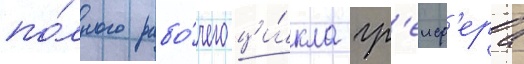
по́лного рабо́чего ци́кла гр'еиф'ера